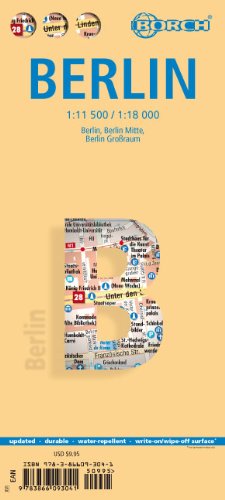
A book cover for Laminated Berlin Map by Borch (English Edition); Borch; Travel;